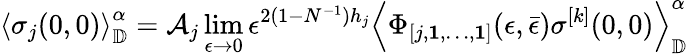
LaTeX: \left\langle\sigma_{j}(0,0)\right\rangle_{\mathbb{D}}^{\alpha}=\mathcal{A}_{j}\operatorname*{lim}_{\epsilon\rightarrow 0}\epsilon^{2(1-N^{-1})h_{j}}\left\langle\Phi_{[j,\mathbf{1},\dots,\mathbf{1}]}(\epsilon,\bar{\epsilon})\sigma^{[k]}(0,0)\right\rangle_{\mathbb{D}}^{\alpha}